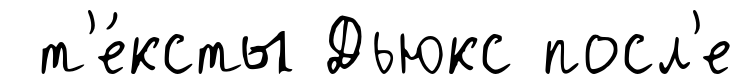
т'е́ксты Дьюкс посл'е